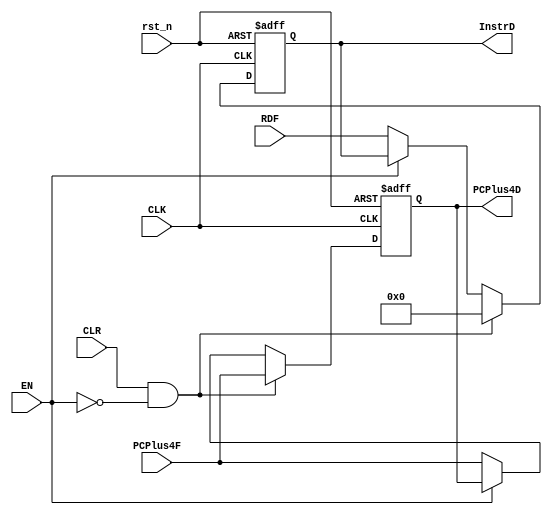
//Register connecting the fetch and decode stages
module RegF(
input               CLK,EN,CLR, rst_n, //control signals
input       [31:0]  RDF,
input       [31:0]  PCPlus4F,
output reg  [31:0]  InstrD,
output reg  [31:0]  PCPlus4D
);

always@(posedge CLK or negedge rst_n)
begin
    if (~rst_n)
        begin
            InstrD   <= 32'd0;
            PCPlus4D <= 32'd0;
        end
    else if(CLR && ~EN)
        begin
            InstrD   <= 32'd0;
            PCPlus4D <= PCPlus4F;
        end
    else if (~EN)
        begin
            InstrD   <= RDF;
            PCPlus4D <= PCPlus4F;
        end
end

endmodule